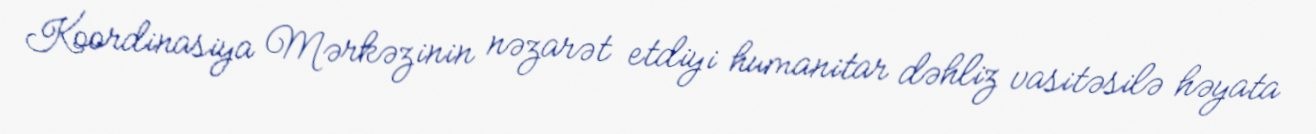
Koordinasiya Mərkəzinin nəzarət etdiyi humanitar dəhliz vasitəsilə həyata